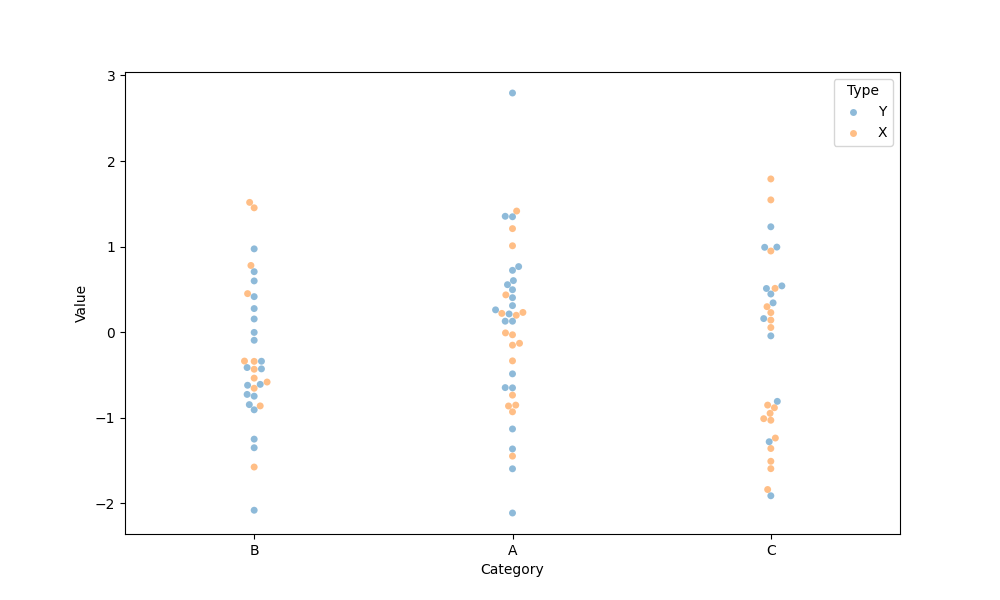
python, seaborn, swarmplot, dodge=False, alpha=0.5, size=5